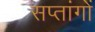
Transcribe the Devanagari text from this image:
सप्तांगों